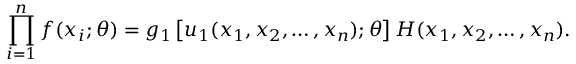
\prod _ { i = 1 } ^ { n } f ( x _ { i } ; \theta ) = g _ { 1 } \left[ u _ { 1 } ( x _ { 1 } , x _ { 2 } , \dots , x _ { n } ) ; \theta \right] H ( x _ { 1 } , x _ { 2 } , \dots , x _ { n } ) .